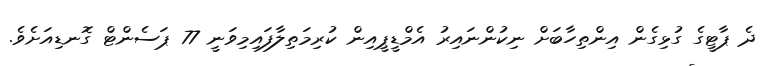
ދެ ޕާޓީގެ ގުޅިގެން އިންތިހާބަށް ނިކުންނައިރު އެމްޑީޕީއިން ކުރިމަތިލާފައިމިވަނީ 77 ޕަސެންޓް ގޮނޑިއަށެވެ.